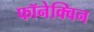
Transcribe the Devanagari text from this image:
फॉनेक्विन